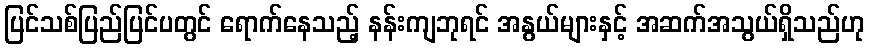
ပြင်သစ်ပြည်ပြင်ပတွင် ရောက်နေသည့် နန်းကျဘုရင် အနွယ်များနှင့် အဆက်အသွယ်ရှိသည်ဟု